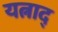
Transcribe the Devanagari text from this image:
यत्नाद्